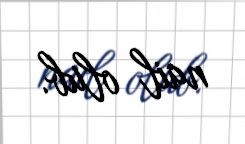
nail olub.